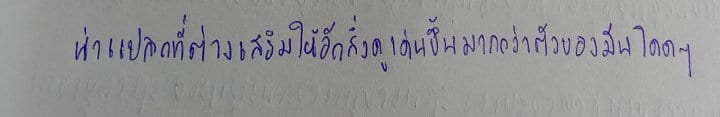
น่าแปลกที่ต่างเสริมให้อีกสิ่งดูเด่นขึ้นมากกว่าตัวของมันโดดๆ